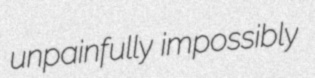
unpainfully impossibly